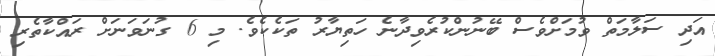
އަދި ސަލާމަތް ވުމަށްވެސް ބޭނުންކުރެވިދާނެ ހަތިޔާރު ތަކެކެވެ. މި 6 ގުނަވަނަށް ރައްކާތެރި